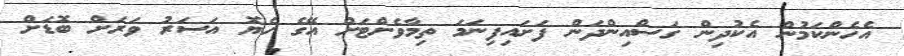
އެހެންކަމުން އެކުދިން ގަސްއިންދަން ފަށައިފިނަމަ ތިމާވެށްޓަށް އޭގެ ހެޔޮ އަސަރު ވަރަށް ބޮޑަށް